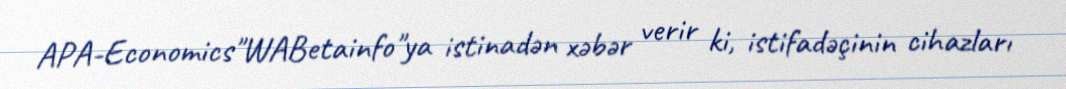
APA-Economics"WABetainfo"ya istinadən xəbər verir ki, istifadəçinin cihazları